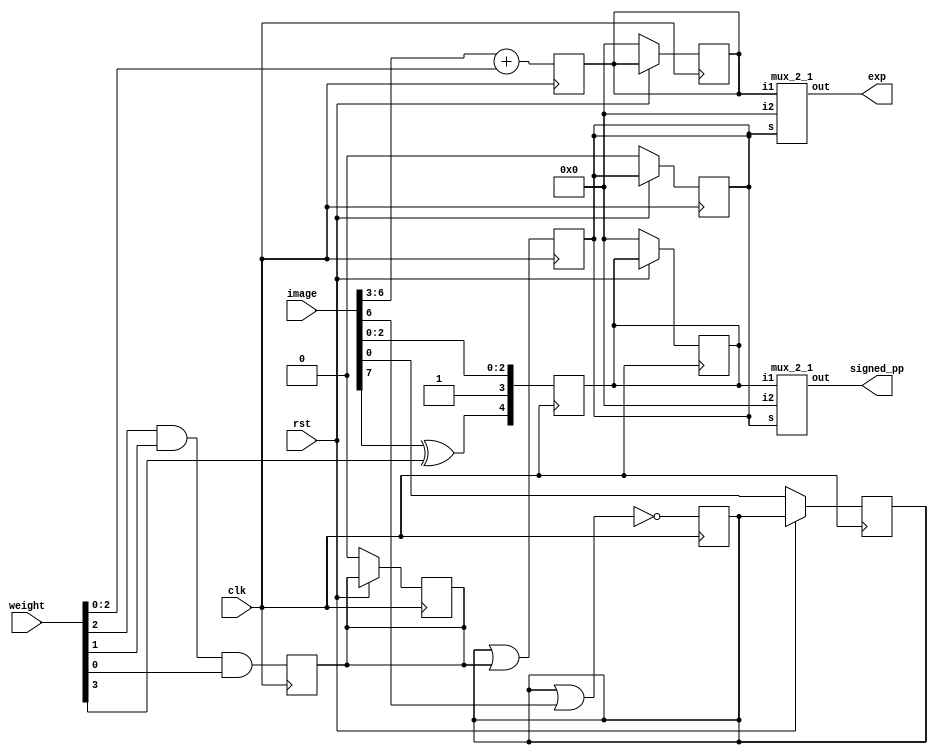
`timescale 1ns / 1ps
//////////////////////////////////////////////////////////////////////////////////
// Company: 
// Engineer: 
// 
// Design Name: 
// Module Name: pp_generator
// Project Name: 
// Target Devices: 
// Tool Versions: 
// Description: 
// 
// Dependencies: 
// 
// Revision:
// Revision 0.01 - File Created
// Additional Comments:
// 
//////////////////////////////////////////////////////////////////////////////////


`timescale 1ns / 1ps


module pp_generator(
input clk,
input rst,
input [7:0] image,
input [3:0] weight,
output [4:0] signed_pp,
output  [4:0] exp);
integer i;
wire sign;
reg select;
reg x;
reg y;
reg [4:0] z;
reg [4:0] w;
//wire [4:0] a;
//wire [4:0] b;

//assign a = signed_pp;
//assign b = exp;
assign sign = (image[7])^(weight[3]);
always @(posedge clk) begin
 if(!rst)begin
   x =image[0];
   y =1'b0;
   z = 5'b00000;
   w = 5'b00000;
   //sign = 1'b0;
   select = 1'b0;
//   signed_pp = 5'b00000;
//   exp = 5'b00000;
 end
end
always @(posedge clk) begin
  
  
  for(i=1;i<7;i=i+1)begin
   x <= ~(x|image[i]);
  end
  y <= weight[2]&weight[1]&weight[0];
  select <= x|y;
  z<= image[6:3] + weight[2:0];

  w <= {sign, 1'b1, image[2:0]};

 end
 
  mux_2_1 m1(.i1(w), .i2(5'b0), .s(select), .out(signed_pp));
  mux_2_1 m2(.i1(z), .i2(5'b0), .s(select), .out(exp));


endmodule

module mux_2_1(input [4:0] i1, input [4:0] i2, input s, output   [4:0] out);

assign out = (i1&~s)| (i2&s);

endmodule